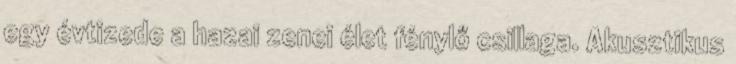
egy évtizede a hazai zenei élet fénylő csillaga. Akusztikus